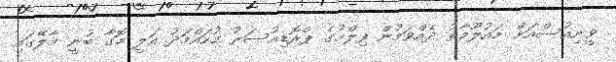
ވީނިއުސްއަށް މައުލޫމާތު ދެއްވަމުން ފިލްމުގެ ޕްރޮޑިއުސަރު މުހައްމަދު އަލީ މޮގާ ބުނީ މާލޭގައި